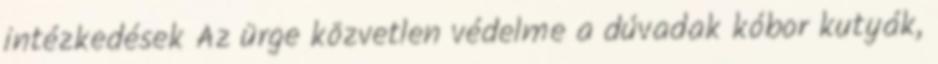
intézkedések Az ürge közvetlen védelme a dúvadak kóbor kutyák,